65_HS1-834228961_62-HQ-83894_Section_5
Agency: FBI
Page 153
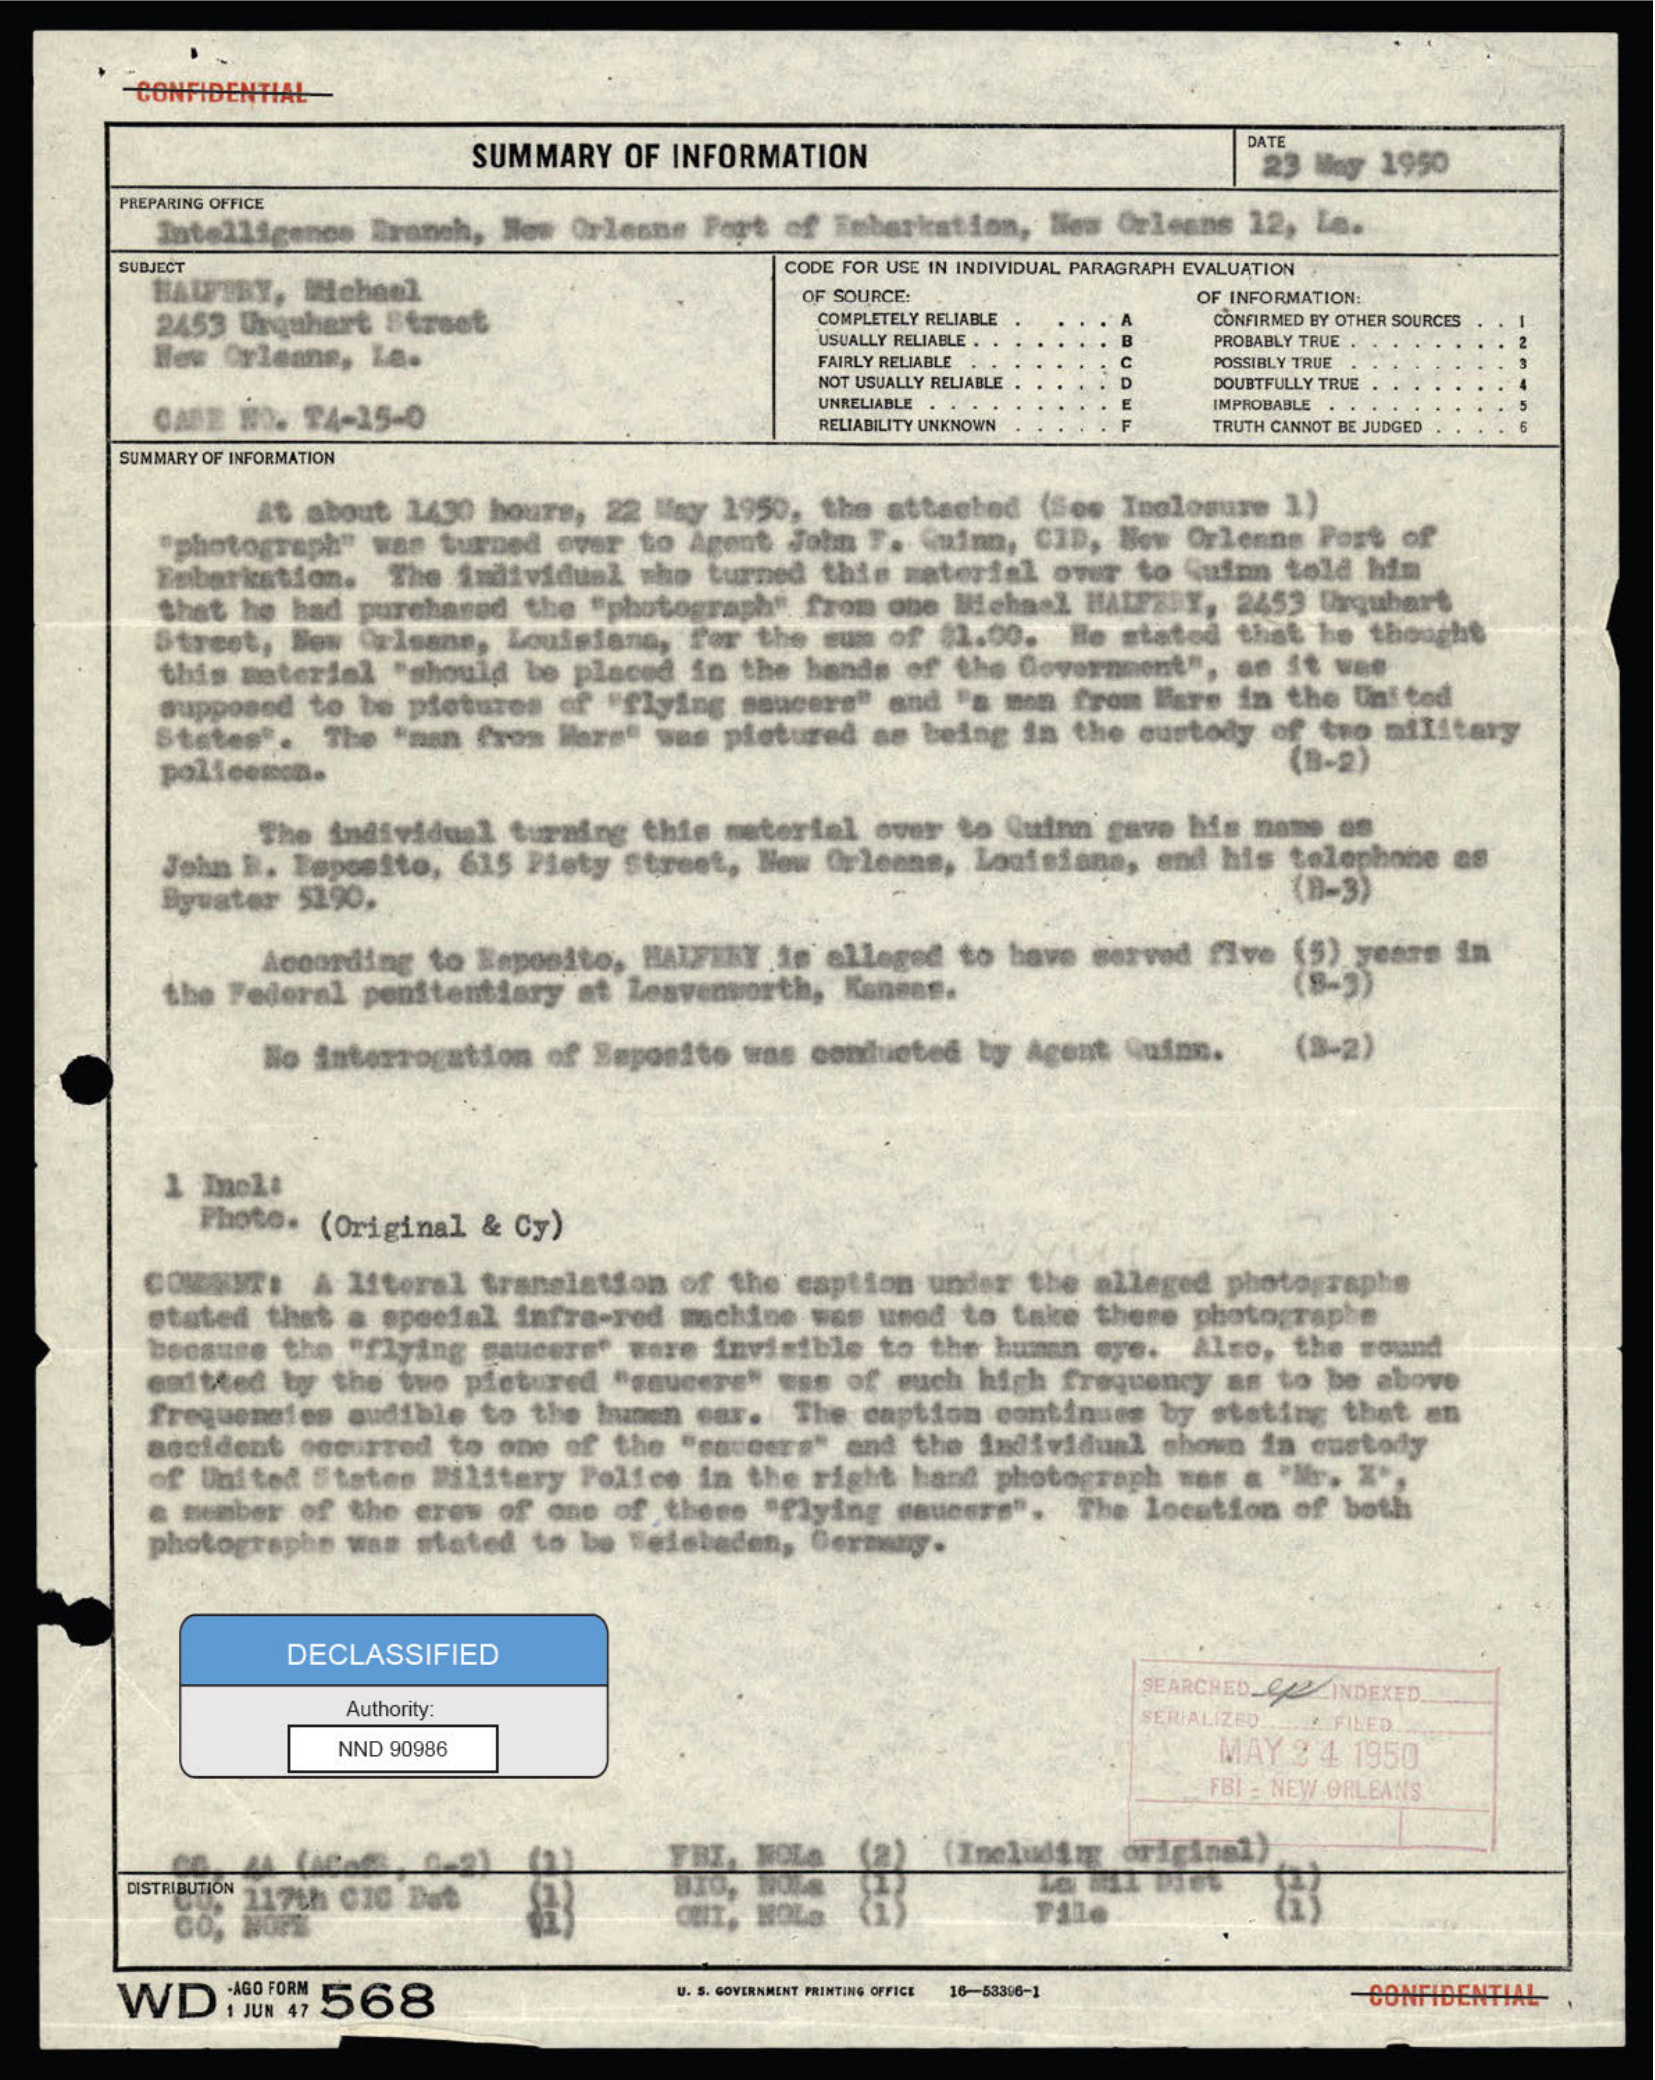